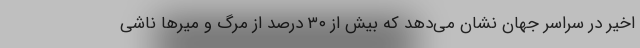
اخیر در سراسر جهان نشان می‌دهد که بیش از ۳۰ درصد از مرگ و میر‌ها ناشی